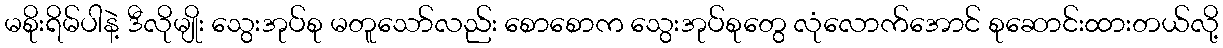
မစိုးရိမ်ပါနဲ့ ဒီလိုမျိုး သွေးအုပ်စု မတူသော်လည်း စောစောက သွေးအုပ်စုတွေ လုံလောက်အောင် စုဆောင်းထားတယ်လို့